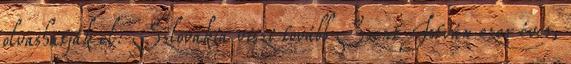
olvashatják el: Szlovákia viszi tovább Szent István ezer éves,